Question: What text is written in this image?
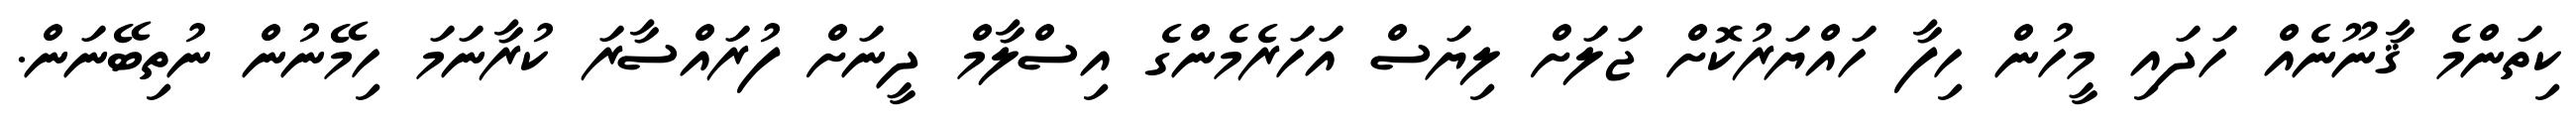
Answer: ކިތަންމެ ޤާނޫނެއް ހަދައި މީހުން ހިފާ ހައްޔަރުކޮށް ޖަލަށް ލިޔަސް އަހަރެމެންގެ އިސްލާމް ދީނަށް ފުރައްސާރަ ކުރާނަމަ ހިމޭނުން ނުތިބޭނަން.